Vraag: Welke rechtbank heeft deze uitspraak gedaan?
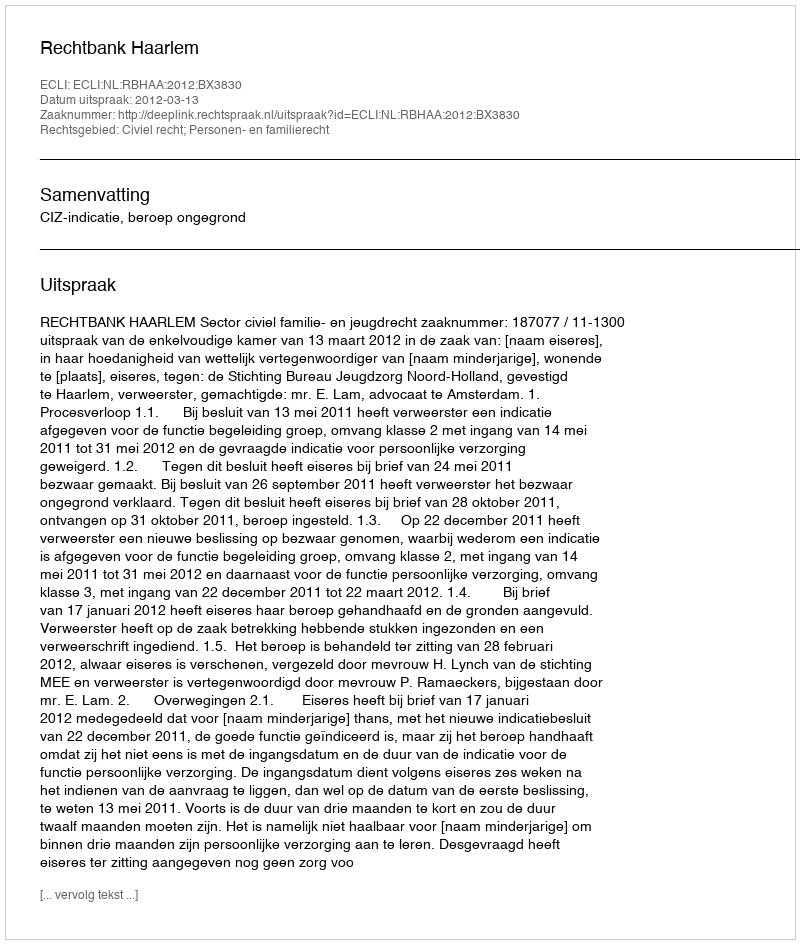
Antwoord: Rechtbank Haarlem